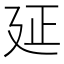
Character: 𢌛